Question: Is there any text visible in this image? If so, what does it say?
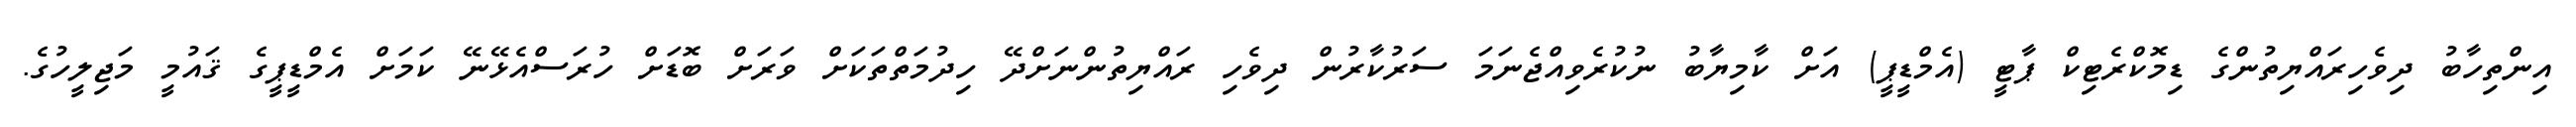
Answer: އިންތިހާބު ދިވެހިރައްޔިތުންގެ ޑިމޮކްރެޓިކް ޕާޓީ (އެމްޑީޕީ) އަށް ކާމިޔާބު ނުކުރެވިއްޖެނަމަ ސަރުކާރުން ދިވެހި ރައްޔިތުންނަށްދޭ ހިދުމަތްތަކަށް ވަރަށް ބޮޑަށް ހުރަސްއެޅޭނޭ ކަމަށް އެމްޑީޕީގެ ޤައުމީ މަޖިލީހުގެ.